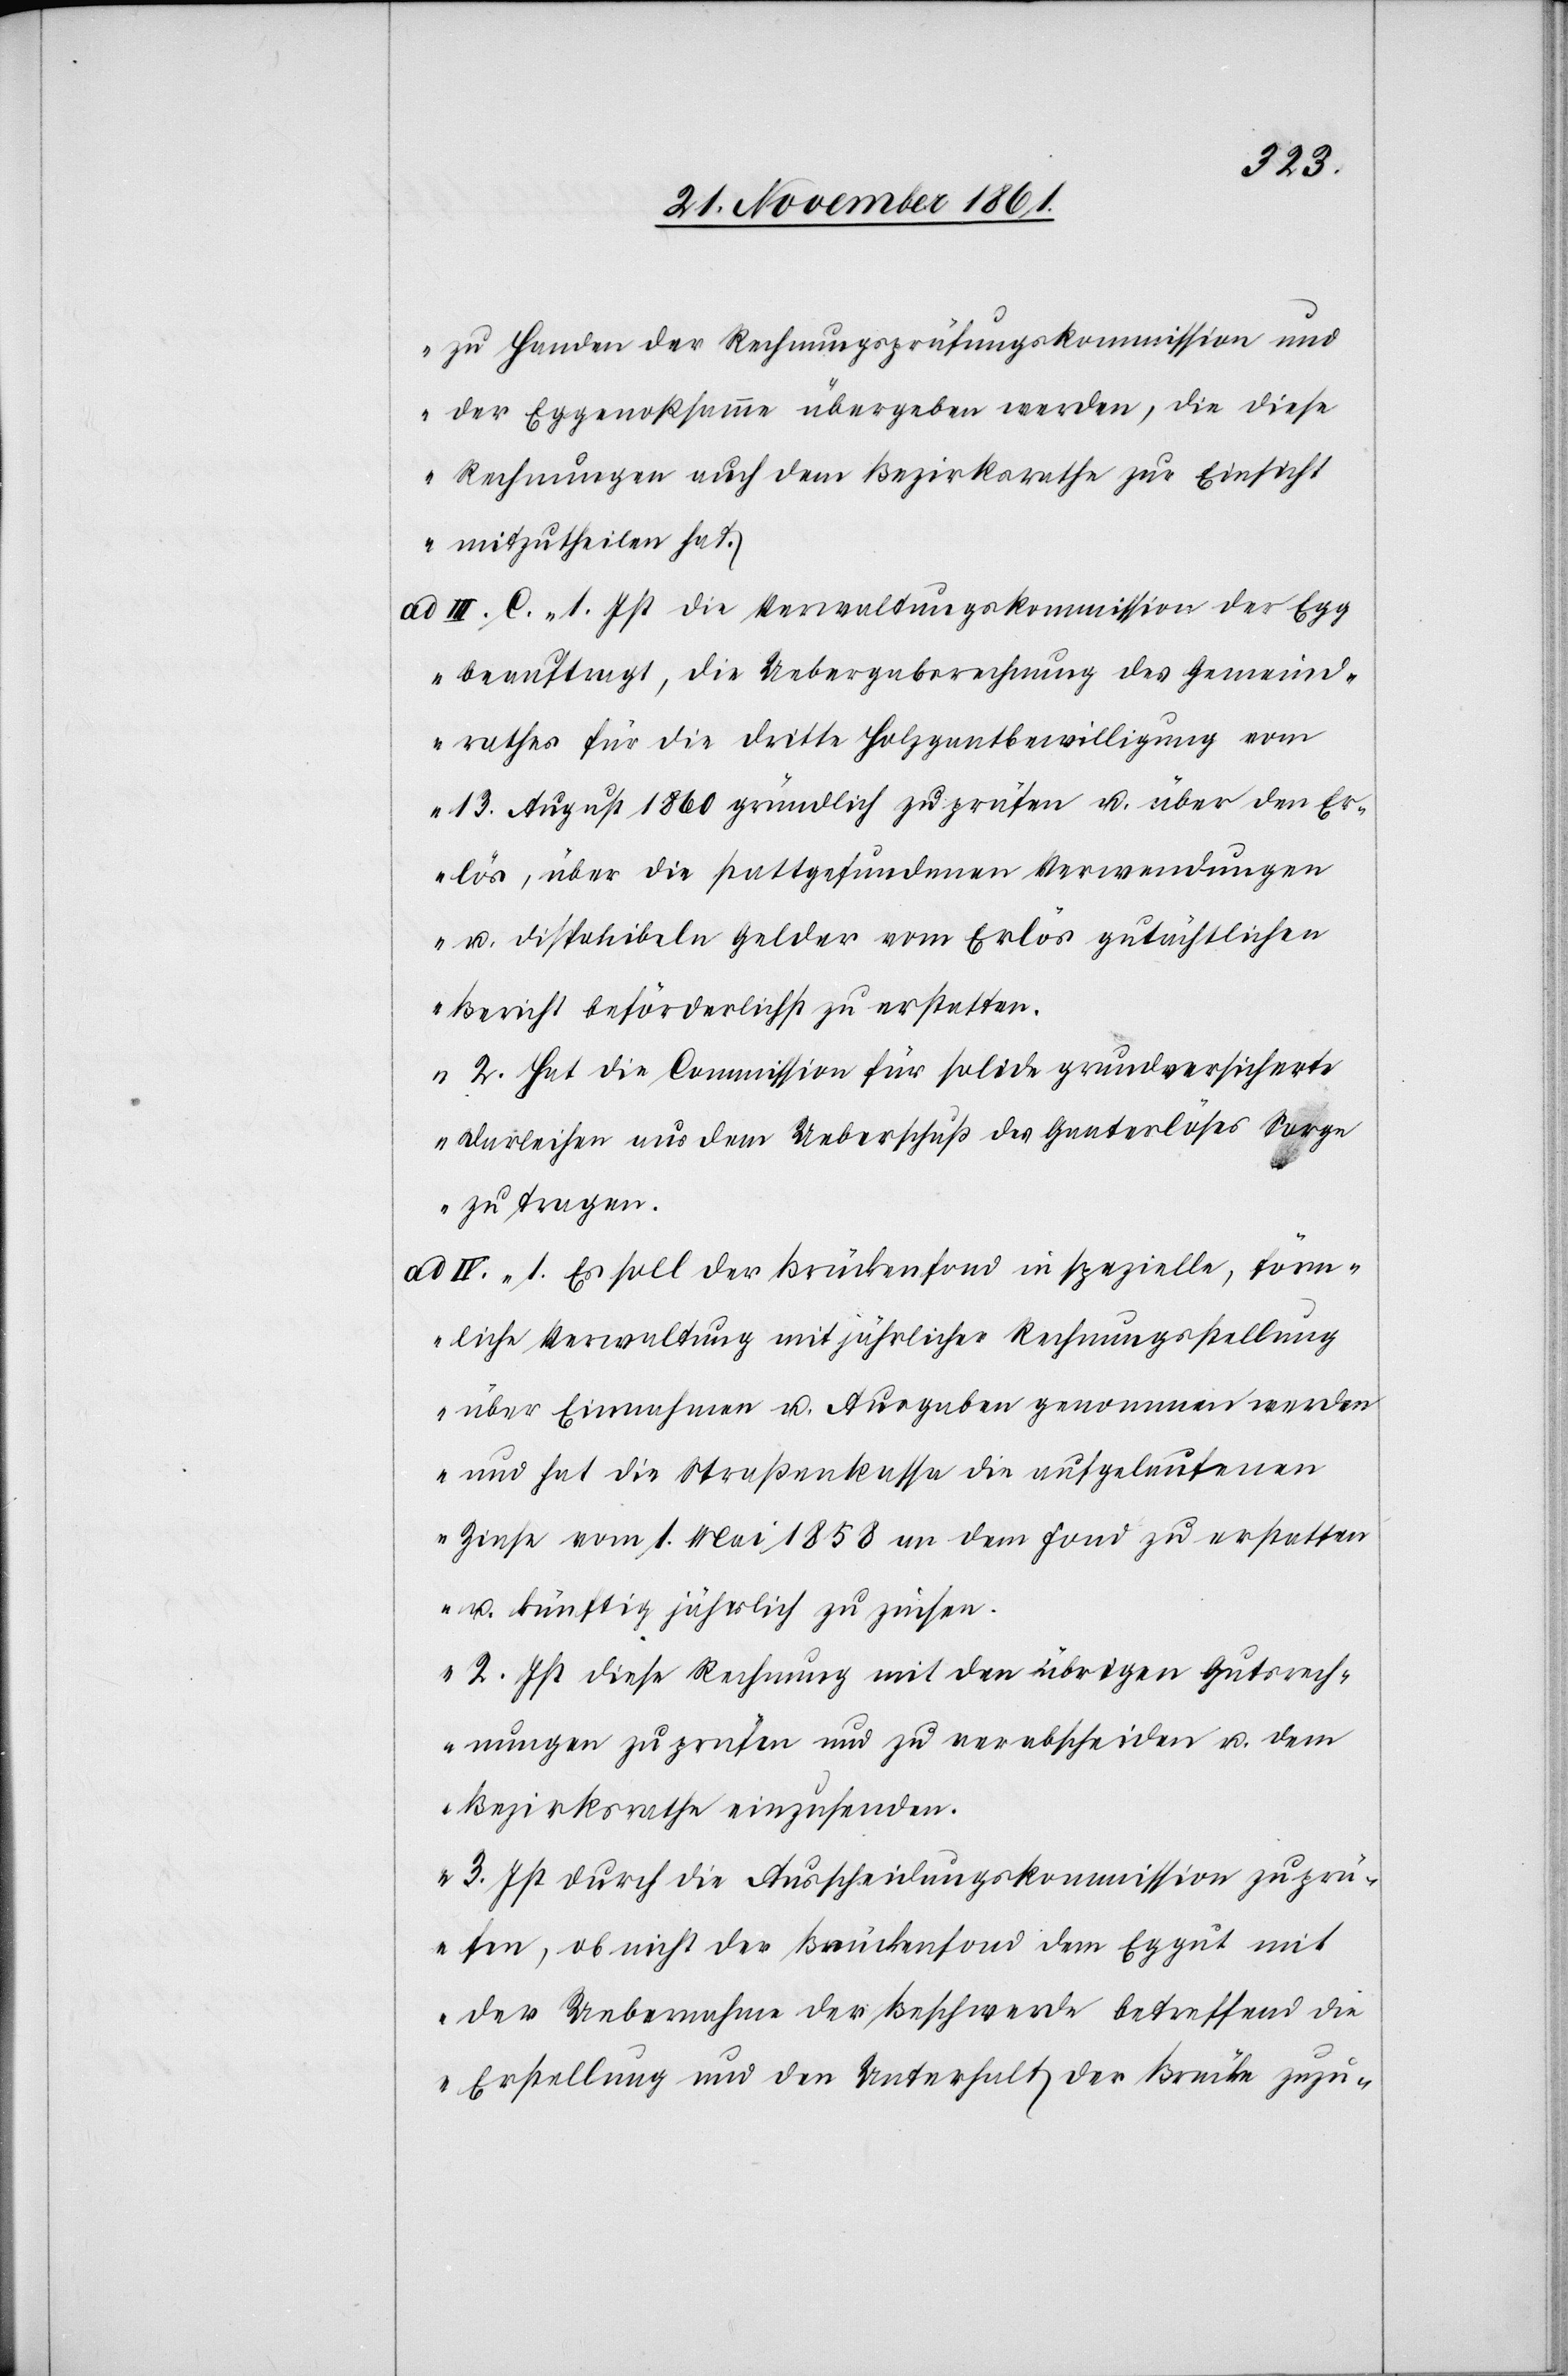
zu Handen der Rechnungsprüfungskommission und
der Eggenoßsamme übergeben werden, die diese
Rechnungen auch dem Bezirksrathe zur Einsicht
mitzutheilen hat.
ad III. C. 1. Ist die Verwaltungskommission der Egg
beauftragt, die Uebergaberechnung des Gemeind¬
rathes für die dritte Holzgantbewilligung vom
13 August 1860 gründlich zu prüfen u. über den Er¬
lös, über die stattgefundenen Verwendungen
u. disponibeln Gelder vom Erlös gutächtlichen
Bericht beförderlichst zu erstatten.
2. Hat die Commission für solide grundversicherte
Darleihen aus dem Ueberschuß des Ganterlös Sorge
zu tragen.
IV. 1. Es soll der Brückenfond in spezielle, förm¬
liche Verwaltung mit jährlicher Rechnungsstellung
über Einnahmen u. Ausgaben genommen werden
und hat die Straßenkassa die aufgelaufenen
Zinse vom 1 Mai 1858 an den Fond zu erstatten
u. künftig jährlich zu prüfen.
2. Ist diese Rechnung mit den übrigen Gutsrech¬
nungen zu prüfen und zu verabscheiden u. dem
Bezirksrathe einzusenden.
3. Ist durch die Ausscheidungskommission zu prü¬
fen, ob nicht der Brückenfond dem Eggut mit
der Uebernahme der Beschwerde betreffend die
Erstellung und dem Unterhalt der Brücke zuzu-